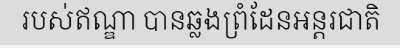
របស់ឥណ្ឌា បានឆ្លងព្រំដែនអន្តរជាតិ